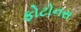
ફોટોનસ